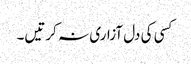
کسی کی دل آزاری نہ کرتیں۔